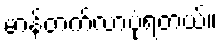
မာန်တက်လာပုံရတယ်။